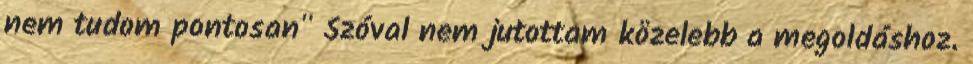
nem tudom pontosan" Szóval nem jutottam közelebb a megoldáshoz.